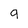
Character: 9